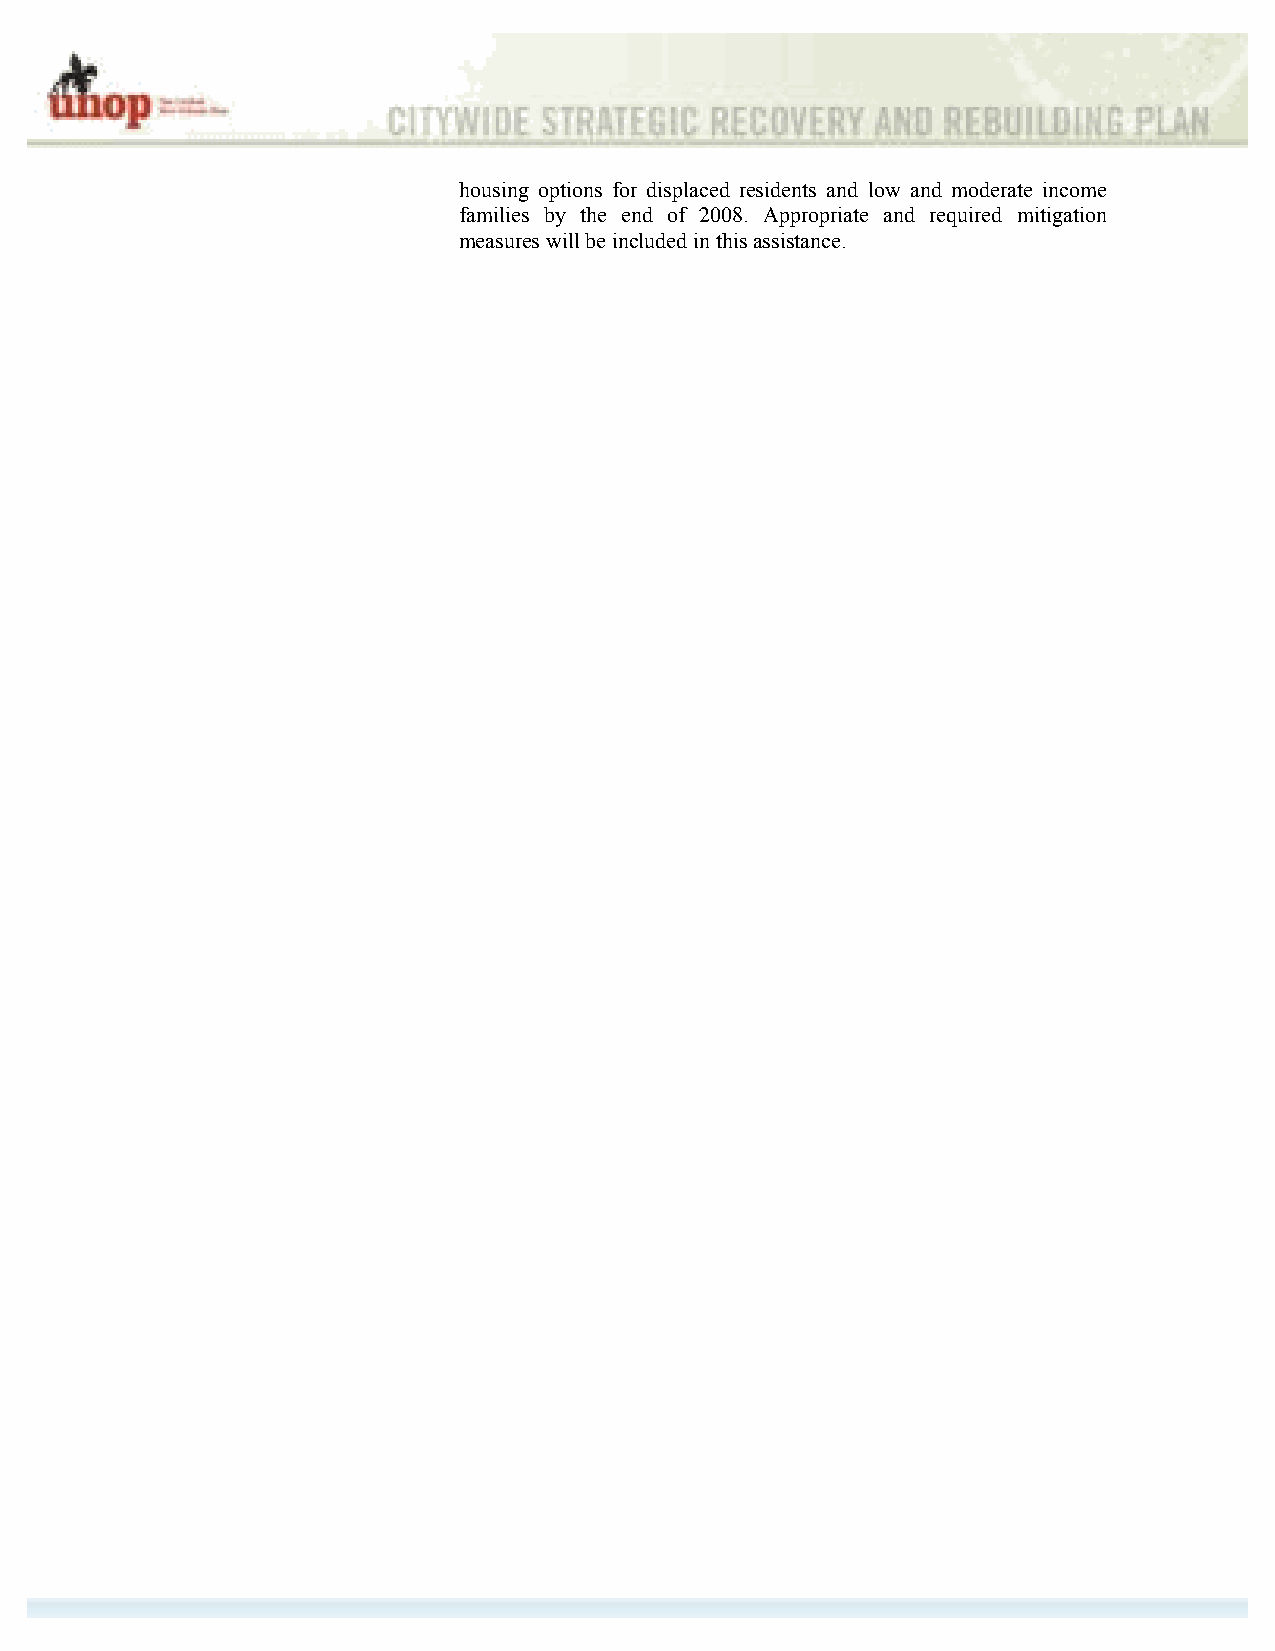
housing options for displaced residents and low and moderate income
 families by the end of 2008. Appropriate and required mitigation
 measures will be included in this assistance.